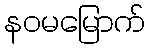
နဝမမြောက်